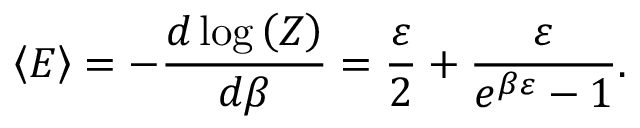
\left\langle E \right\rangle = - { \frac { d \log \left( Z \right) } { d \beta } } = { \frac { \varepsilon } { 2 } } + { \frac { \varepsilon } { e ^ { \beta \varepsilon } - 1 } } .